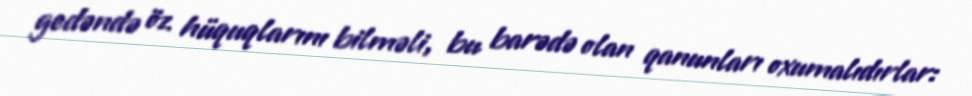
gedəndə öz hüquqlarını bilməli, bu barədə olan qanunları oxumalıdırlar: